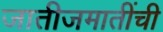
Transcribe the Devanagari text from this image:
जातीजमातींची